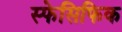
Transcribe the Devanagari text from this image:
स्फेसिफिक